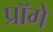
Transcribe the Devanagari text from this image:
प्रॉगे